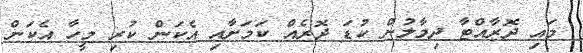
މައި ދޮރާއްޓާ ދިމާލުން ކުޑަ ދޮރެއް ކަމަށާއި އެކަން ކުރި މީހާ އެކަން